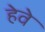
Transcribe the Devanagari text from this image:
हेवे